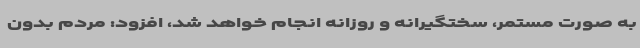
به صورت مستمر، سختگیرانه و روزانه انجام خواهد شد، افزود: مردم بدون